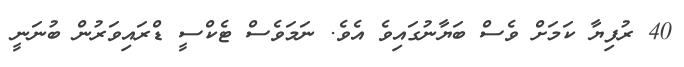
40 ރުފިޔާ ކަމަށް ވެސް ބަޔާނުގައިވެ އެވެ. ނަމަވެސް ޓެކްސީ ޑްރައިވަރުން ބުނަނީ